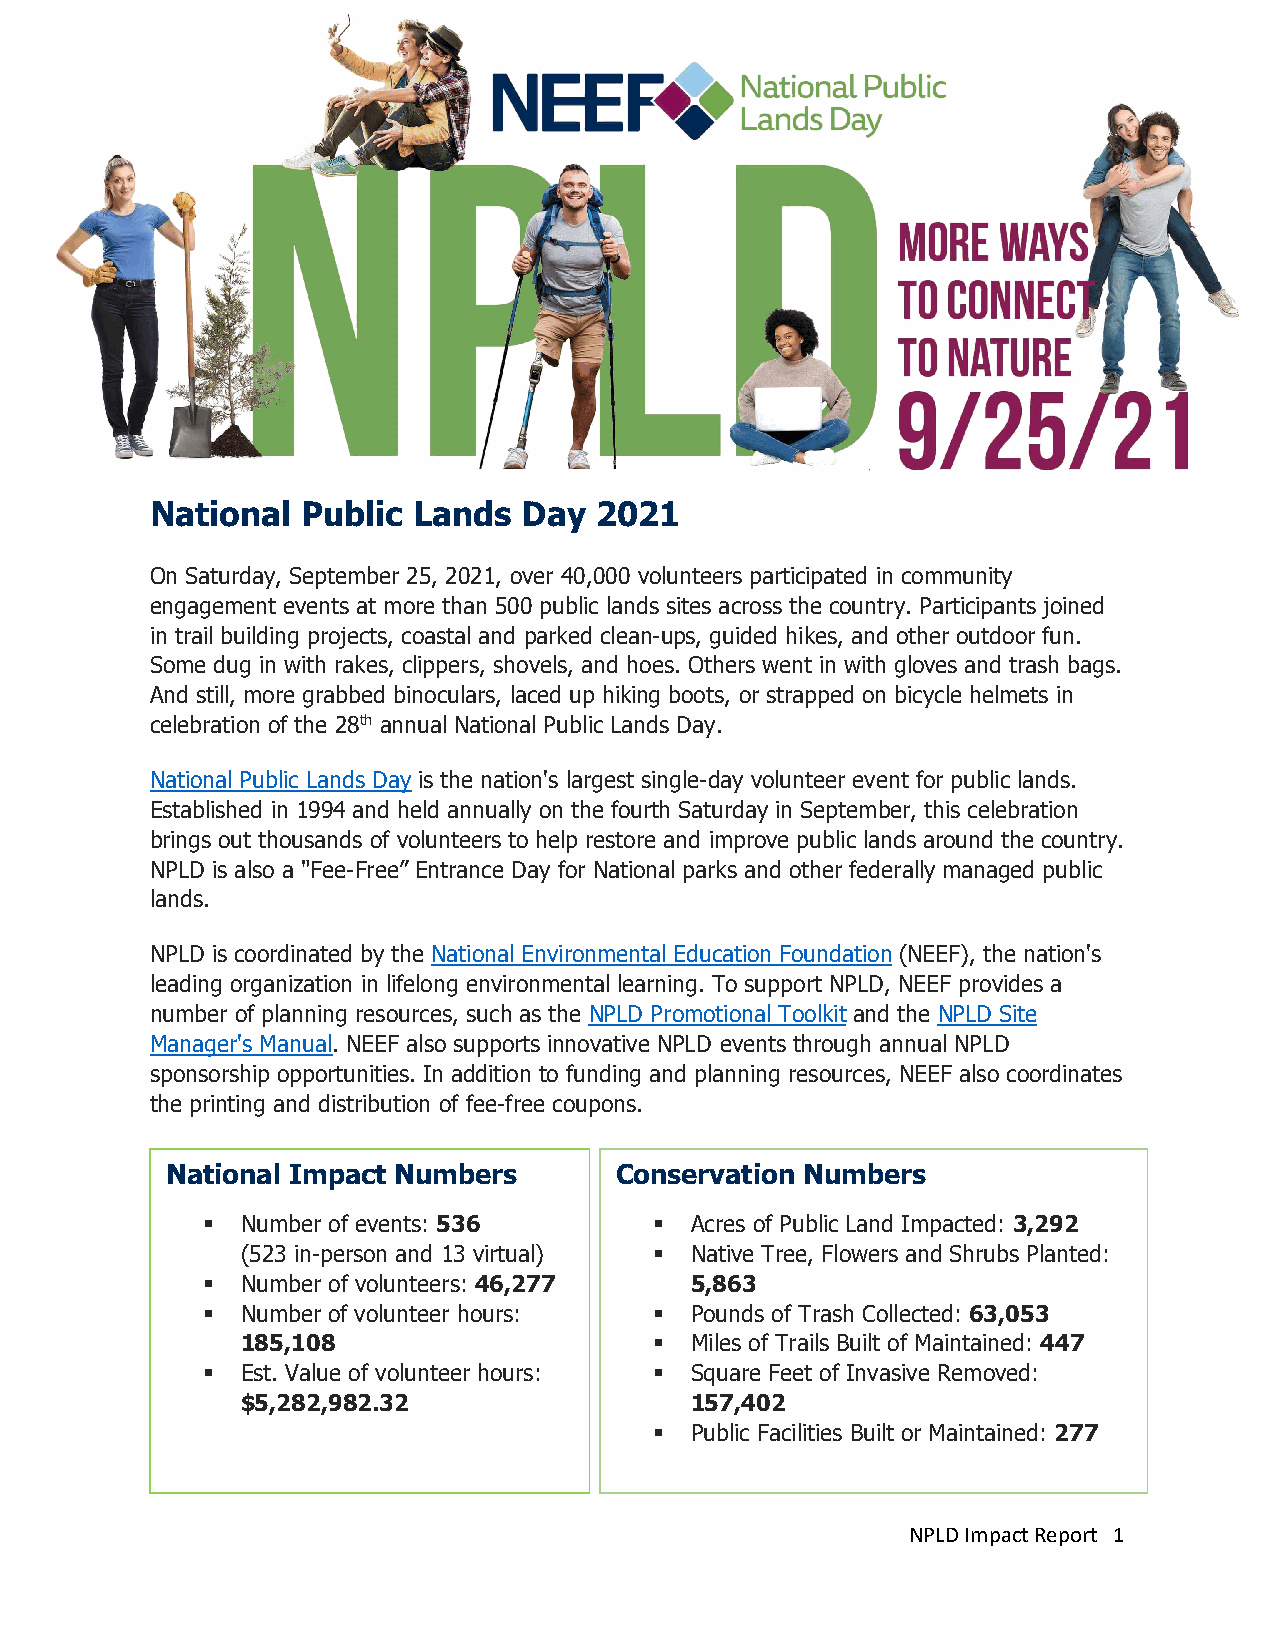
National  Public Lands   Day 2021
 On Saturday, September 25, 2021, over 40,000 volunteers participated in community
 engagement events at more than 500 public lands sites across the country. Participants joined
 in trail building projects, coastal and parked clean-ups, guided hikes, and other outdoor fun.
 Some dug in with rakes, clippers, shovels, and hoes. Others went in with gloves and trash bags.
 And still, more grabbed binoculars, laced up hiking boots, or strapped on bicycle helmets in
 celebration of the 28th annual National Public Lands Day.
 National Public Lands Day is the nation's largest single-day volunteer event for public lands.
 Established in 1994 and held annually on the fourth Saturday in September, this celebration
 brings out thousands of volunteers to help restore and improve public lands around the country.
 NPLD is also a "Fee-Free” Entrance Day for National parks and other federally managed public
 lands.
 NPLD is coordinated by the National Environmental Education Foundation (NEEF), the nation's
 leading organization in lifelong environmental learning. To support NPLD, NEEF provides a
 number of planning resources, such as the NPLD Promotional Toolkit and the NPLD Site
 Manager's Manual. NEEF also supports innovative NPLD events through annual NPLD
 sponsorship opportunities. In addition to funding and planning resources, NEEF also coordinates
 the printing and distribution of fee-free coupons.
 National Impact Numbers       Conservation Numbers
   Number of events: 5 36       Acres of Public Land Impacted: 3,292
 (523 in-person and 13 virtual)  Native Tree, Flowers and Shrubs Planted:
   Number of volunteers: 46,277  5,863
   Number of volunteer hours:   Pounds of Trash Collected: 63,053
 185,108                      Miles of Trails Built of Maintained: 447
   Est. Value of volunteer hours:  Square Feet of Invasive Removed:
 $5,282,982.32                 157,402
   Public Facilities Built or Maintained: 277
 NPLD Impact Report 1